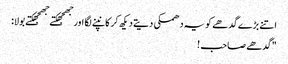
اتنے بڑے گدھے کو یہ دھمکی دیتے دیکھ کر کانپنے لگا اور جھجھکتے جھجھکتے بولا:
"گدھے صاحب !